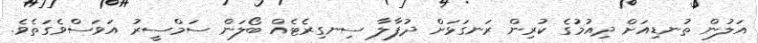
އަލުން ތުނޑިއަށް ދިއުމުގެ ކުރިން ރަނގަޅަށް ދުފާލާ ސިނގިރެޓެއް ބޯލަން ސަމްސީރު އަވަސްވެގަތެވެ.